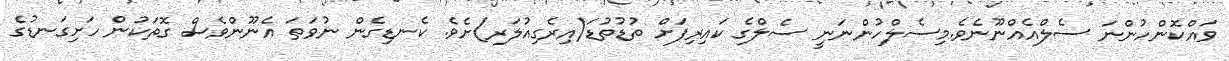
ވައްކޮންހުންނަ ސެލްއެއްނޫނެވެ.މިސެލްހުންނަނީ ސެލްގެ ކައިރިފަށް ތުޑުތުޑަ(އިރެގިއުލަރ)ށެވެ. ކެނޑިގެން ނުވަތަ އެނޫންވެސް ގޮތަކުން ހަށިގަނޑުގެ